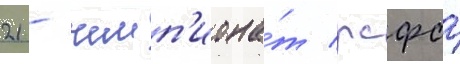
21 - чемп'иона́т рсфср